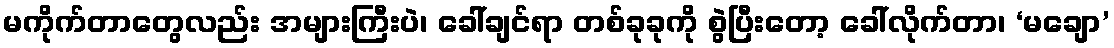
မကိုက်တာတွေလည်း အများကြီးပဲ၊ ခေါ်ချင်ရာ တစ်ခုခုကို စွဲပြီးတော့ ခေါ်လိုက်တာ၊ ‘မချော’